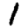
Digit: 1